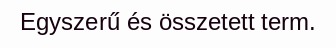
Egyszerű és összetett term.